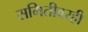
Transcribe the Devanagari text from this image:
समितीवरही